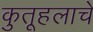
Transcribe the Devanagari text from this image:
कुतूहलाचे